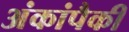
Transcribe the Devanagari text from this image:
अंकांपैकी